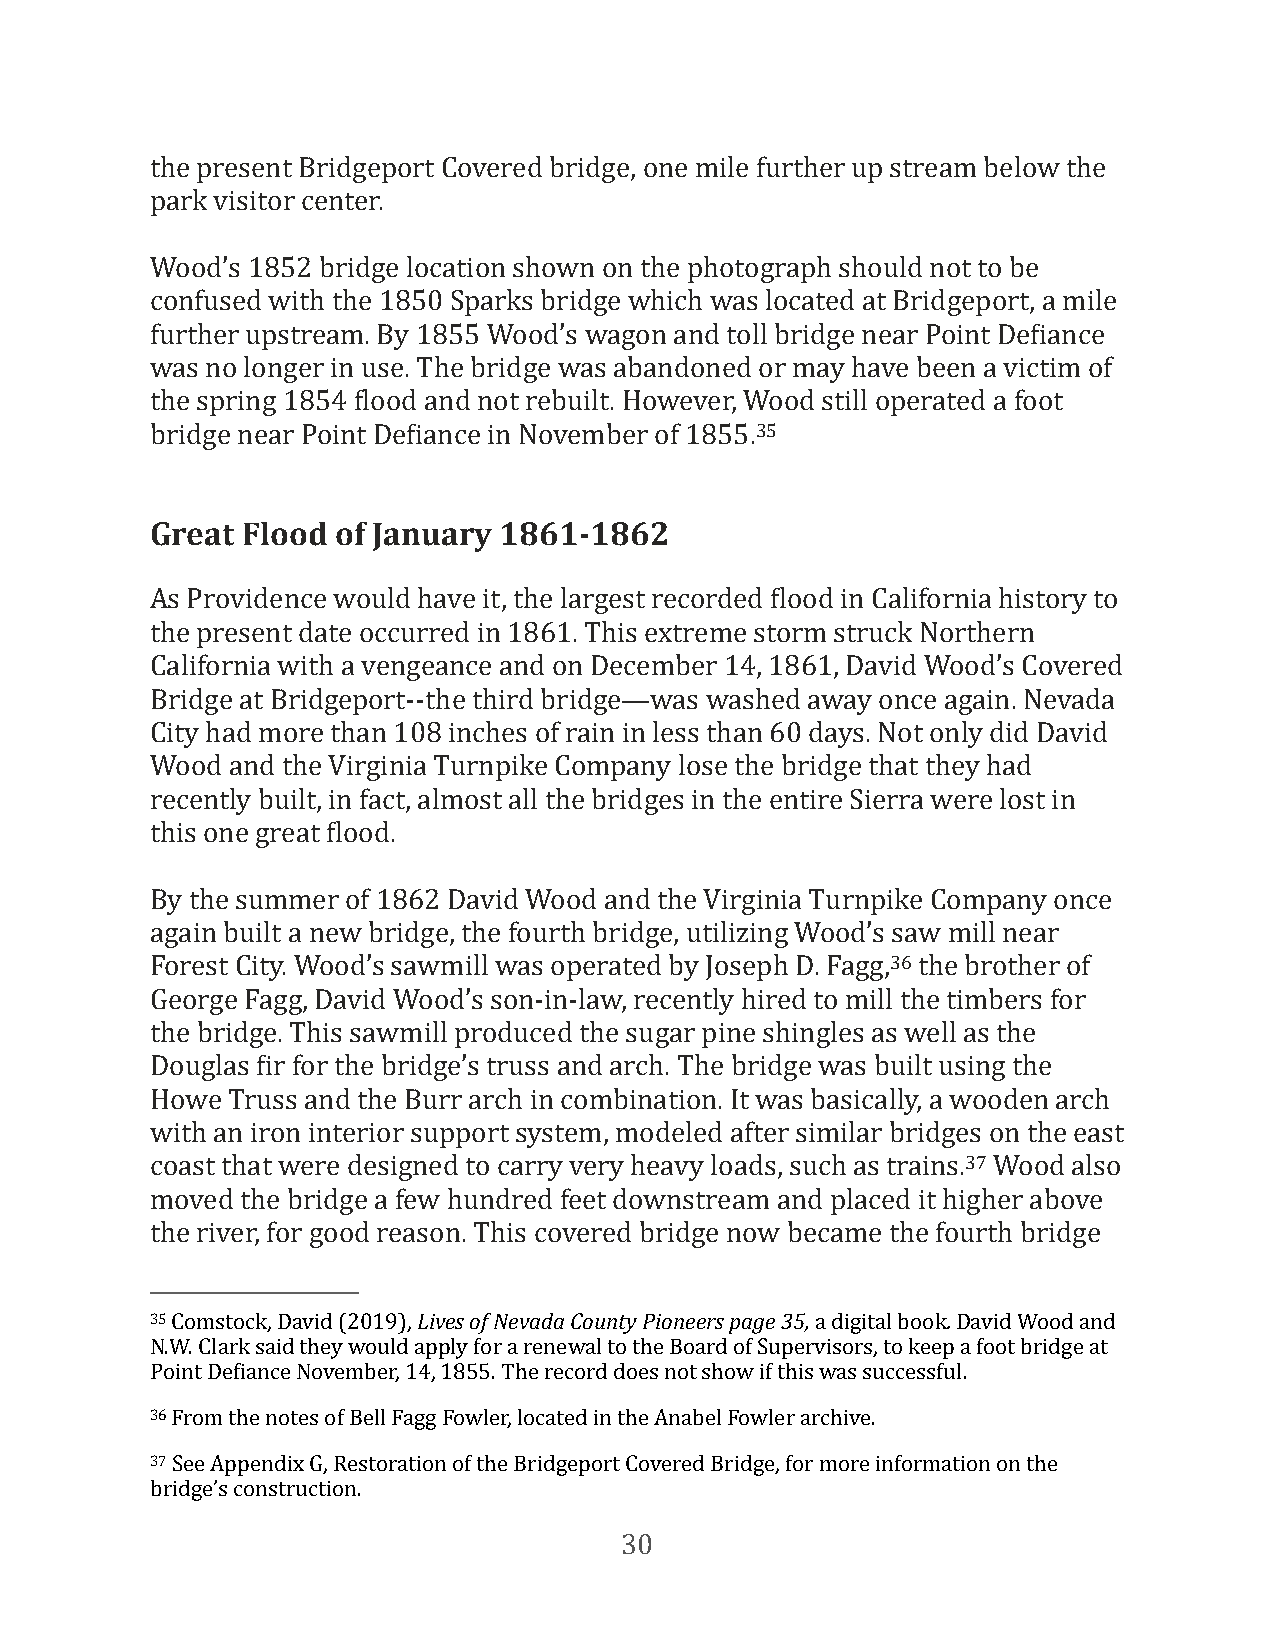
the present Bridgeport Covered bridge, one mile further up stream below the
 park visitor center.
 Wood’s 1852 bridge location shown on the photograph should not to be
 confused with the 1850 Sparks bridge which was located at Bridgeport, a mile
 further upstream. By 1855 Wood’s wagon and toll bridge near Point DeFiance
 was no longer in use. The bridge was abandoned or may have been a victim of
 the spring 1854 Flood and not rebuilt. However, Wood still operated a foot
 bridge near Point DeFiance in November of 1855.35
 Great Flood of January 1861-1862
 As Providence would have it, the largest recorded Flood in California history to
 the present date occurred in 1861. This extreme storm struck Northern
 California with a vengeance and on December 14, 1861, David Wood’s Covered
 Bridge at Bridgeport--the third bridge—was washed away once again. Nevada
 City had more than 108 inches of rain in less than 60 days. Not only did David
 Wood and the Virginia Turnpike Company lose the bridge that they had
 recently built, in fact, almost all the bridges in the entire Sierra were lost in
 this one great Flood.
 By the summer of 1862 David Wood and the Virginia Turnpike Company once
 again built a new bridge, the fourth bridge, utilizing Wood’s saw mill near
 Forest City. Wood’s sawmill was operated by Joseph D. Fagg,36 the brother of
 George Fagg, David Wood’s son-in-law, recently hired to mill the timbers for
 the bridge. This sawmill produced the sugar pine shingles as well as the
 Douglas Fir for the bridge’s truss and arch. The bridge was built using the
 Howe Truss and the Burr arch in combination. It was basically, a wooden arch
 with an iron interior support system, modeled after similar bridges on the east
 coast that were designed to carry very heavy loads, such as trains.37 Wood also
 moved the bridge a few hundred feet downstream and placed it higher above
 the river, for good reason. This covered bridge now became the fourth bridge
 35 Comstock, David (2019), Lives of Nevada County Pioneers page 35, a digital book. David Wood and
 N.W. Clark said they would apply for a renewal to the Board of Supervisors, to keep a foot bridge at
 Point DeFiance November, 14, 1855. The record does not show if this was successful.
 36 From the notes of Bell Fagg Fowler, located in the Anabel Fowler archive.
 37 See Appendix G, Restoration of the Bridgeport Covered Bridge, for more information on the
 bridge’s construction.
 30